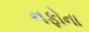
નફોના